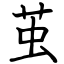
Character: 茧